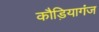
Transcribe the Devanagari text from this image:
कौड़ियागंज